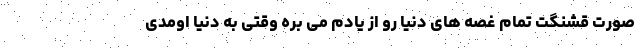
صورت قشنگت تمام غصه های دنیا رو از یادم می بره وقتی به دنیا اومدی